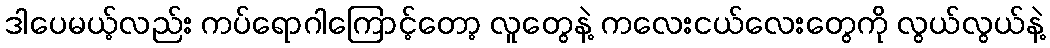
ဒါပေမယ့်လည်း ကပ်ရောဂါကြောင့်တော့ လူတွေနဲ့ ကလေးငယ်လေးတွေကို လွယ်လွယ်နဲ့